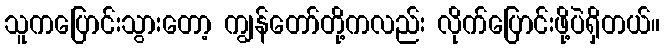
သူကပြောင်းသွားတော့ ကျွန်တော်တို့ကလည်း လိုက်ပြောင်းဖို့ပဲရှိတယ်။